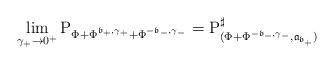
LaTeX: \begin{align*}\lim_{\gamma _{+}\rightarrow 0^{+}}\mathrm{P}_{\Phi +\Phi ^{\mathfrak{b}_{+},\gamma _{+}}+\Phi ^{-\mathfrak{b}_{-},\gamma _{-}}}=\mathrm{P}_{(\Phi+\Phi ^{-\mathfrak{b}_{-},\gamma _{-}},\mathfrak{a}_{\mathfrak{b}_{+}})}^{\sharp } \end{align*}